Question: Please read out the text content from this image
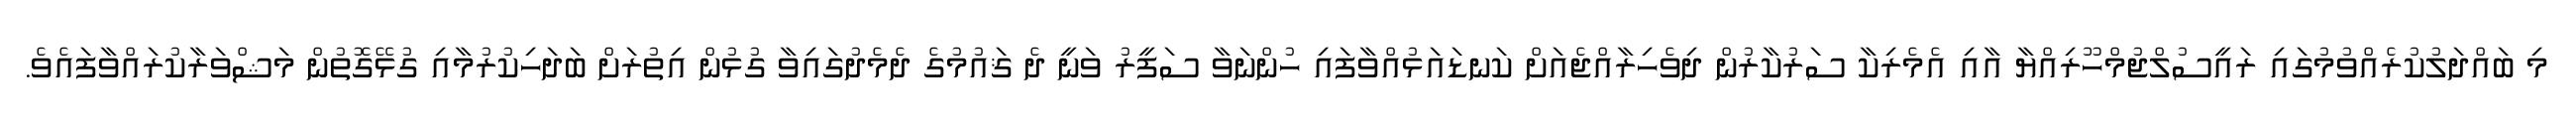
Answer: މި ބައްދަލުކުރެއްވުމުގައި ރައީސުލްޖުމްހޫރިއްޔާ އާއި އެމެރިކާ ސަރުކާރުން ދިވެހިރާއްޖެއަށް ކަނޑައަޅުއްވާފައި ހުންނަވާ ސަފީރު ވަނީ ދެ ޤައުމުގެ ދެމެދުގައިވާ ގުޅުން އިތުރަށް ބަދަހިކުރުމާއި ގުޅޭގޮތުން މަޝްވަރާކުރައްވާފައެވެ.